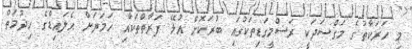
މި ހަރަކާތުގެ މަގްސަދަކީ ރަސްމީގަޑިތަކުގައި ބުރަކޮށް އުޅޭ ފަރާތްތަކާއި ހަމަޔަށް އެލައިޑްގެ ހިދުމަތް